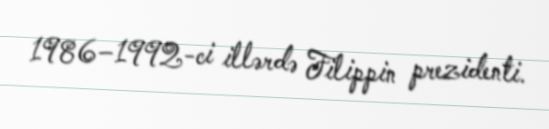
1986–1992-ci illərdə Filippin prezidenti.